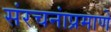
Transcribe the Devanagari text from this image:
संरचनांप्रमाणे